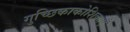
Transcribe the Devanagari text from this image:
गुच्छिकाकोशिकाएँ